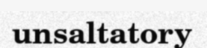
unsaltatory